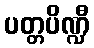
ပတ္တပိဏ္ဍီ